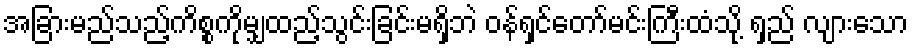
အခြားမည်သည့်ကိစ္စကိုမျှထည့်သွင်းခြင်းမရှိဘဲ ဝန်ရှင်တော်မင်းကြီးထံသို့ ရှည် လျားသော